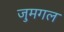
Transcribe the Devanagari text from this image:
जुमगल